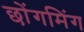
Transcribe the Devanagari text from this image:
छोंगमिंग